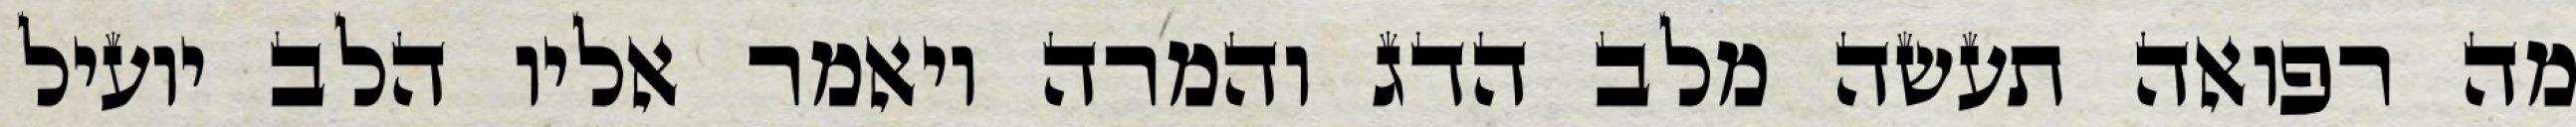
מה רפואה תעשה מלב הדג והמרה ויאמר אליו הלב יועיל